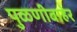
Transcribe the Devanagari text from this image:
पुळणीबाहेर